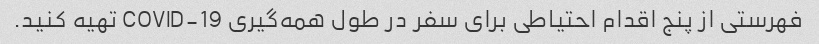
فهرستی از پنج اقدام احتیاطی برای سفر در طول همه‌گیری COVID-19 تهیه کنید.